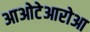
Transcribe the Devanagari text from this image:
आओटेआरोआ